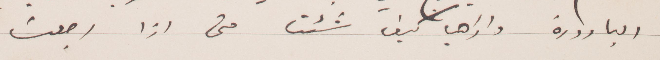
البارودة واذهب كيف شئت متى اذا رجعت